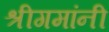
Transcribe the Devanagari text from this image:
श्रीगमांनी